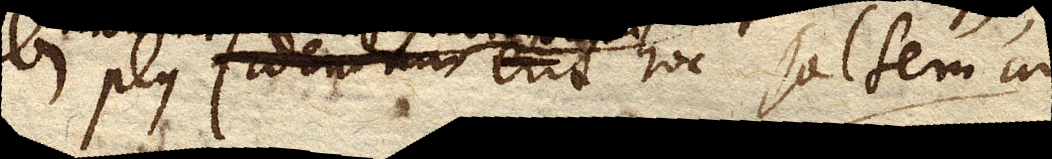
ubi plus fidendum erit hoc saltem ad